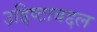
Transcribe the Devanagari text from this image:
उद्दिष्टाबद्दल